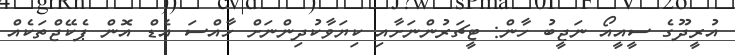
އުރީދޫގެ ސީއީއޯ ނަޖީބު ހާން: ޓީޗަރުންނަށާއި ކިޔަވާކުދިންނަށް ހާއްސަ އެޑް އޮން ޕެކޭޖްތަކެއް